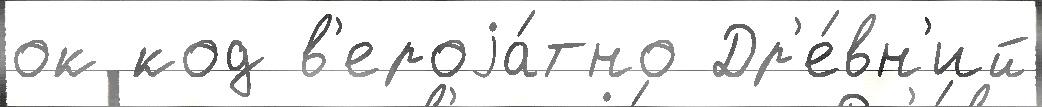
ок код в'ероjа́тно Др'е́вн'ий